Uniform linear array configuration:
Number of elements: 12
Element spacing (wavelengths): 0.5
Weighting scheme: blackman
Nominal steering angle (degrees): -45
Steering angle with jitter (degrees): -44.724
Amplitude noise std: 0.05
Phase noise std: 0.05

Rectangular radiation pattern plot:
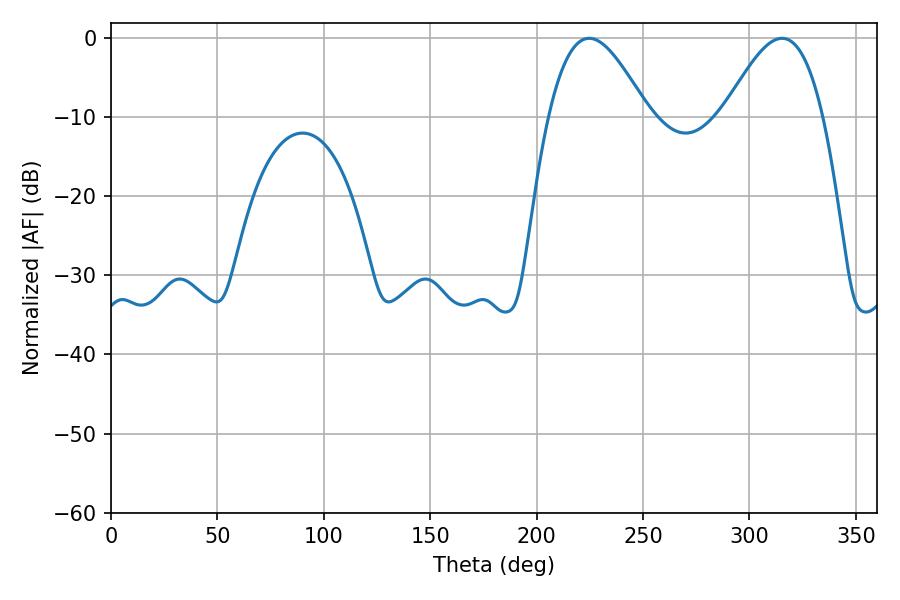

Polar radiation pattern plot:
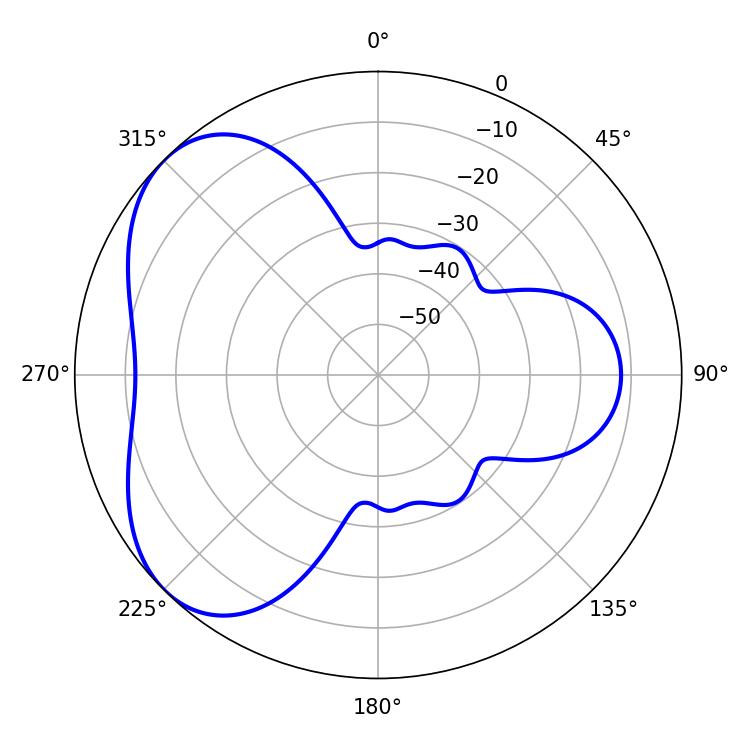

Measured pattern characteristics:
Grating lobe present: FALSE
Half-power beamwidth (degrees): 25.2
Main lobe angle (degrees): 224.64